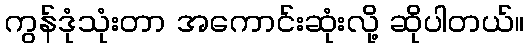
ကွန်ဒုံသုံးတာ အကောင်းဆုံးလို့ ဆိုပါတယ်။